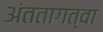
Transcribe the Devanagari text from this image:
अंततागत्वा